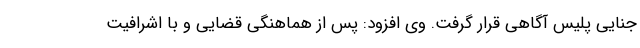
جنایی پلیس آگاهی قرار گرفت. وی افزود: پس از هماهنگی قضایی و با اشرافیت